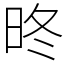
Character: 昸